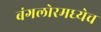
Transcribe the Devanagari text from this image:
बंगलोरमध्येच